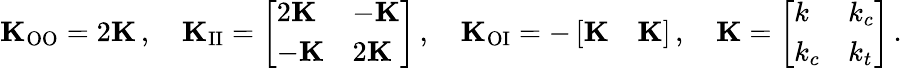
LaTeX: \mathbf{K}_{\mathrm{OO}}=2\mathbf{K}\, ,\quad\mathbf{K}_{\mathrm{II}}=\left[\begin{array}{ll}{2\mathbf{K}}&{-\mathbf{K}}\\ {-\mathbf{K}}&{2\mathbf{K}}\end{array}\right]\, ,\quad\mathbf{K}_{\mathrm{OI}}=-\left[\begin{array}{ll}{\mathbf{K}}&{\mathbf{K}}\end{array}\right]\, ,\quad\mathbf{K}=\left[\begin{array}{ll}{k}&{k_{c}}\\ {k_{c}}&{k_{t}}\end{array}\right]\, .